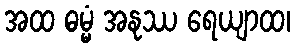
အထ ဓမ္မံ အနုဿ ရေယျာထ၊